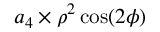
a _ { 4 } \times \rho ^ { 2 } \cos ( 2 \phi )